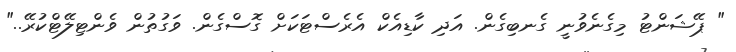
" ޕޭޝަންޓު މިގެނެވުނީ ގެނބިގެން. އަދި ކާޑިއެކް އެރެސްޓަކަށް ގޮސްގެން. ވަގުތުން ވެންޓިލޭޓްކުރޭ.."